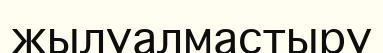
жылуалмастыру